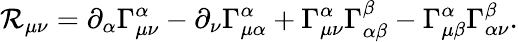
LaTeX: \mathcal{R}_{\mu\nu}=\partial_{\alpha}\Gamma_{\mu\nu}^{\alpha}-\partial_{\nu}\Gamma_{\mu\alpha}^{\alpha}+\Gamma_{\mu\nu}^{\alpha}\Gamma_{\alpha\beta}^{\beta}-\Gamma_{\mu\beta}^{\alpha}\Gamma_{\alpha\nu}^{\beta}.